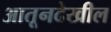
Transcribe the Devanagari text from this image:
आतूनदेखील